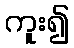
ကူး၍